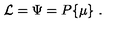
{ \cal L } = \Psi = P \{ \mu \} \ .